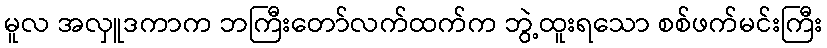
မူလ အလှူဒကာက ဘကြီးတော်လက်ထက်က ဘွဲ့ထူးရသော စစ်ဖက်မင်းကြီး